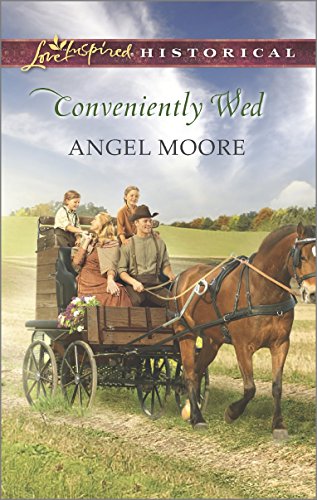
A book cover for Conveniently Wed (Love Inspired Historical); Angel Moore; Christian Books & Bibles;